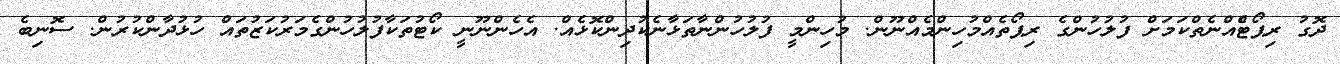
ދޮގު ރިޕޯޓެްއްނެތްކަމަށް ފުލުހުންގެ ރިޕޯތެއްމުހިންމެއްނޫން. މުހިންމީ ފުލުހުންނާތަޅާނެކުދިންކޮޅެއް. އެހެންނޫނީ ކޯޓުތަކާފުލުހުންގެމަރުކަޒުތައް ހުޅުދާންކުރުން. ސޮނިބެ